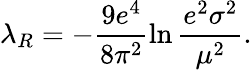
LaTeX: \lambda_{R}=-\frac{9e^{4}}{8\pi^{2}}\ln\frac{e^{2}\sigma^{2}}{\mu^{2}}.